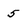
Character: 5